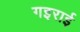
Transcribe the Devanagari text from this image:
गइराई